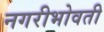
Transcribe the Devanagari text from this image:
नगरीभोवती